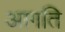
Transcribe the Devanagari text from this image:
आगति